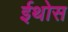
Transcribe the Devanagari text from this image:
ईथोस